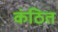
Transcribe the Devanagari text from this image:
कंठित